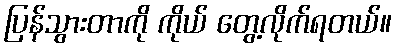
ပြန်သွားတာကို ကိုယ် တွေ့လိုက်ရတယ်။